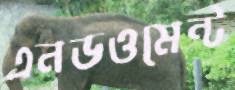
এনডওমেন্ট